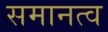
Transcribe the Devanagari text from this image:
समानत्व